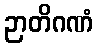
ဉာတိဂဏံ